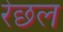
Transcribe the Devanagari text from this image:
रेछल